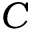
C